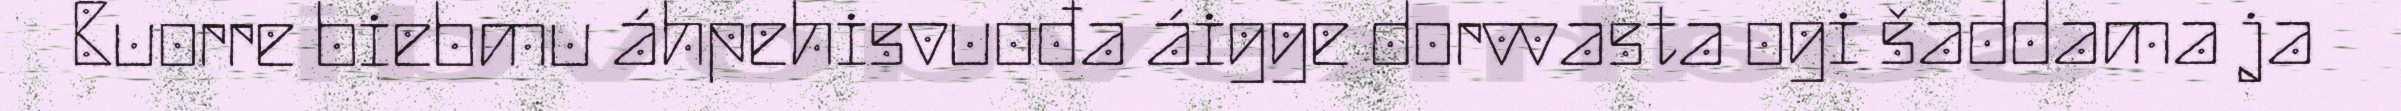
Buorre biebmu áhpehisvuođa áigge dorvvasta ogi šaddama ja